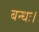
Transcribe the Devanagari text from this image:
बन्धः।